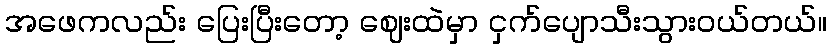
အဖေကလည်း ပြေးပြီးတော့ ဈေးထဲမှာ ငှက်ပျောသီးသွားဝယ်တယ်။